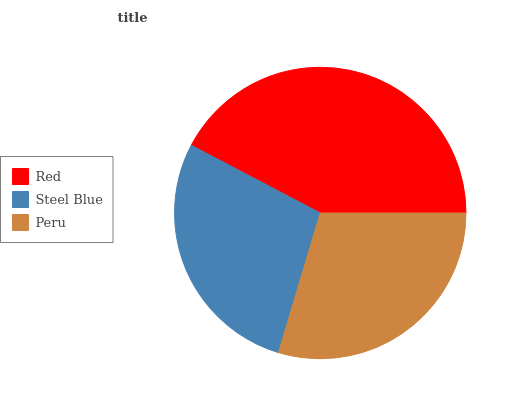
| Red | Steel Blue | Peru |
 | --- | --- | --- |
 | 42.4% | 28% | 29.6% |